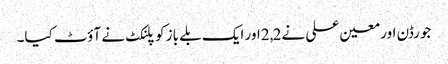
جورڈن اور معین علی نے2,2اور ایک بلے باز کو پلنکٹ نے آؤٹ کیا۔